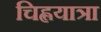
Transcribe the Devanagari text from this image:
चिह्लयात्रा